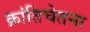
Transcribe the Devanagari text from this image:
क्रांतिचेतना